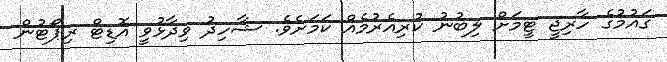
ގައުމުގެ ހާރިޖީ ޓީމަށް ލިބުނު ކުރިއެރުމެއް ކަމަށެވެ. ޝާހިދު ވިދާޅުވީ އޮޑިޓް ރިޕޯޓުން